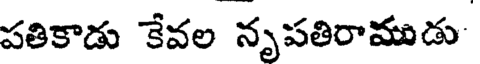
పతికాడు కేవల నృపతిరాముడు